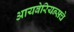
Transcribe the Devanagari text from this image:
आयबेरियन्सचे